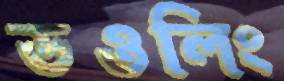
ডওলিং